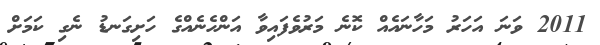
2011 ވަނަ އަހަރު މަހާނައެއް ކޮނެ މަރުވެފައިވާ އަންހެނެއްގެ ހަށިގަނޑު ނެގި ކަމަށް